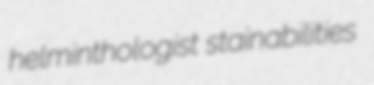
helminthologist stainabilities